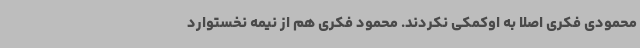
محمودی فکری اصلا به اوکمکی نکردند. محمود فکری هم از نیمه نخستوارد